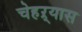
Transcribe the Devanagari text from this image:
चेहऱ्यास